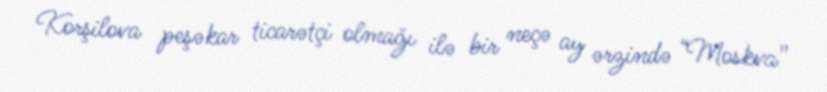
Korşilova peşəkar ticarətçi olmağı ilə bir neçə ay ərzində “Moskva”